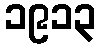
၁၉၁၃